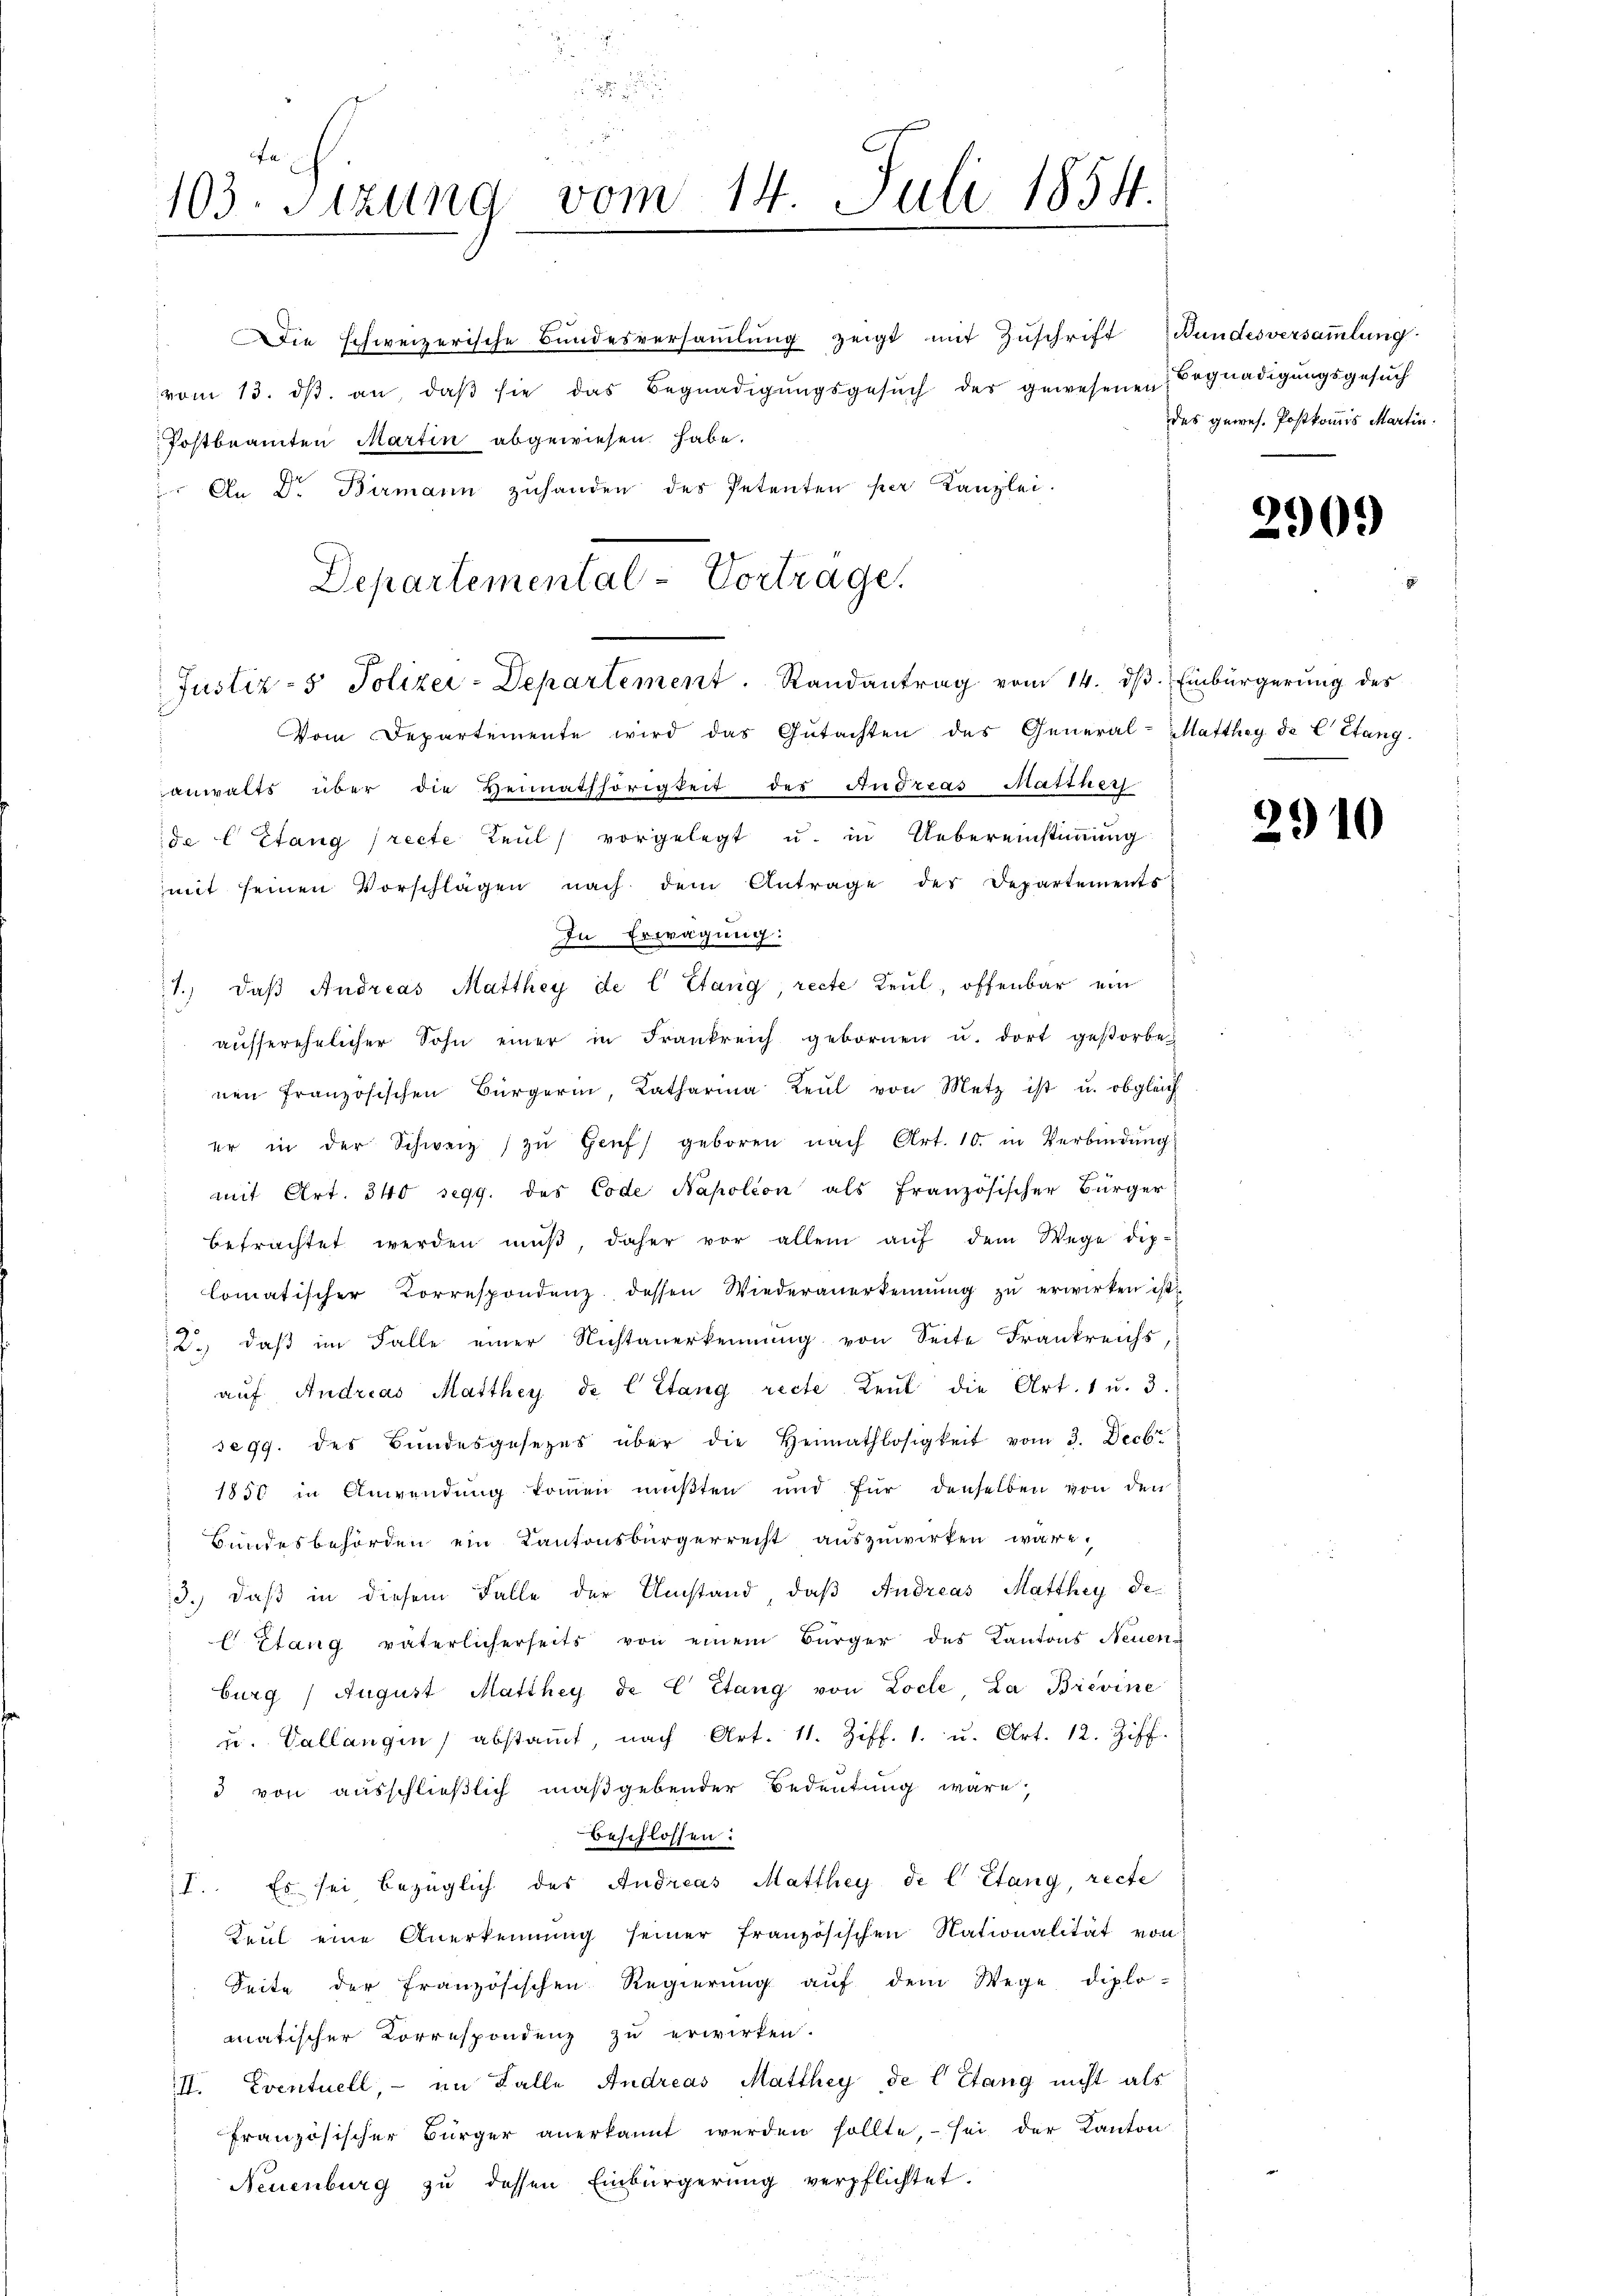
103 Sizung vom 14. Juli 1854.
e
.

vom 13. dβ an, daβ sie das Begnadigŭngsgesŭch des gewesenen Begnadigungsgesŭch
Postbeamten Martin abgewiesen habe.
 An Dr. Birmann zuhanden des Petenten per Kanzlei.
Justiz- & Polizei-Departement. Randantrag vom 14. ds. Einbürgerung des
Vom Departemente wird das Gŭtachten des General-Matthey de C Etang
anwalts über die Heimathörigkeit des Andreas Matthei
ide E Stang (recte Keul) vorgelegt u. in Uebereinstimmung
mit seinen Vorschlagen nach dem Antrage des Departements
In Erwägung:
1. daβ Andreas Matthey de l Stang, recte Keul, offenbar ein
aŭsserehelicher Sohn einer in Frankreich gebornen u. dort gestorbe
nen französischen Bürgerin, Katharina Leŭt von Metz ist u. obgleich
er in der Schweiz zŭ Genf geboren nach Art. 10. in Verbindŭng
mit Art. 340 segg. des Code Napoléon als Französischer Bürger
betrachtet werden mŭβ, daher vor allein aŭf dem Wege dip-
Comatischer Korrespondenz dessen Wiederanerkennung zŭ erwirken ist
2. daβ im Falle einer Nichtanerkennung von Seite Frankreichs,
aŭf Andreas Matthey de l Stang recte Leŭt die Art. 1 u. 3.
se 99. des Bundesgesetzes über die Heimathlosigkeit vom 3. Decbr.
1850 in Anwendung kommen mußten und für denselben von den
Bundesbehörden ein Kantonsbürgerrecht auszuwirken wäre,
3.) daß in diesem Falle der Umstand, daß Andreas Matthey de¬
E Stang vaterlicherseits von einem Bürger des Kantons Neuen-
burg / August Matthey de C Etang von Loche La Brevine
u. Vallangen abstamt, nach Art. 11. Ziff. 1. u. Art. 12. Ziff.
3 von ausschließlich maßgebender Bedeutung wäre,
beschlossen:
I. Es sei bezüglich des Andreas Matthey de l’Etang, recte
Keul eine Anerkennung seiner französischen Nationalität von
Seite der französischen Regierung auf dem Wege diplo-
matischer Korrespondenz zu erwirken.
III. Eventuell, - im Falle Andreas Matthey de l Etang nicht als
französischer Bürger anerkannt werden sollte, - sei der Kanton
Neuenburg zu dessen Einbürgerung verpflichtet.

Departemental-Vortrage.

ie schweizerische Bundesversammlung zeigt mit Zuschrift Bundesversammlung

des gewes. Postkommis Martin.

2909

2910